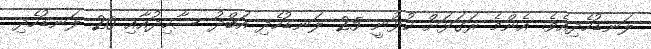
ލަނޑުހެދިއެވެ. އެންމެ ރަގަޅަށް ކުޅުނީ 25 ލަނޑުހެދި އަބްދު ސާހިދުއާއި 20 ލަނޑުހެދި